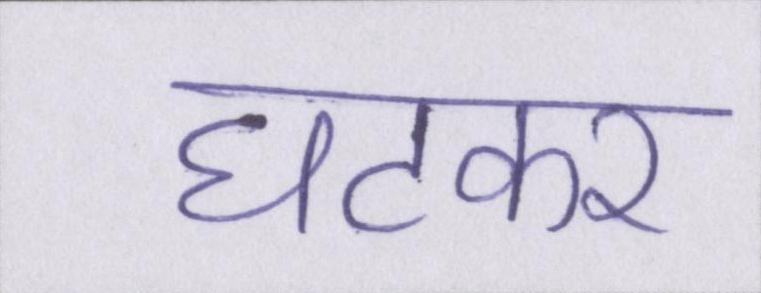
घटकर